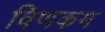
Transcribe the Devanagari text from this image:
विणकम